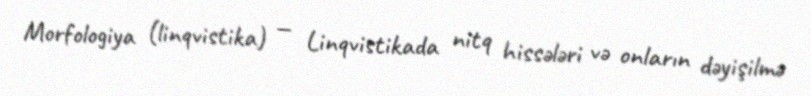
Morfologiya (linqvistika) — Linqvistikada nitq hissələri və onların dəyişilmə